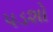
પડશો